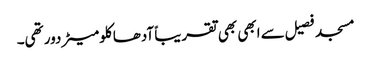
مسجد فصیل سے ابھی بھی تقریباً آدھا کلومیٹر دور تھی۔